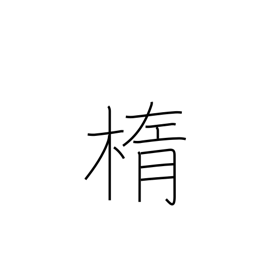
Meaning: ellipse